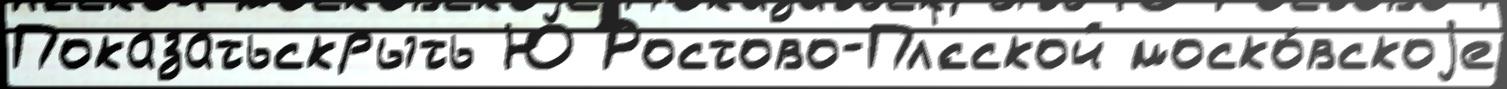
Показатьскрыть Ю Ростово-Пл'́сской моско́вскоjе